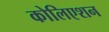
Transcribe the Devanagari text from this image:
कोलिएशन